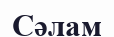
Сәлам